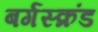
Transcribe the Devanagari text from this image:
बर्गस्क्रंड